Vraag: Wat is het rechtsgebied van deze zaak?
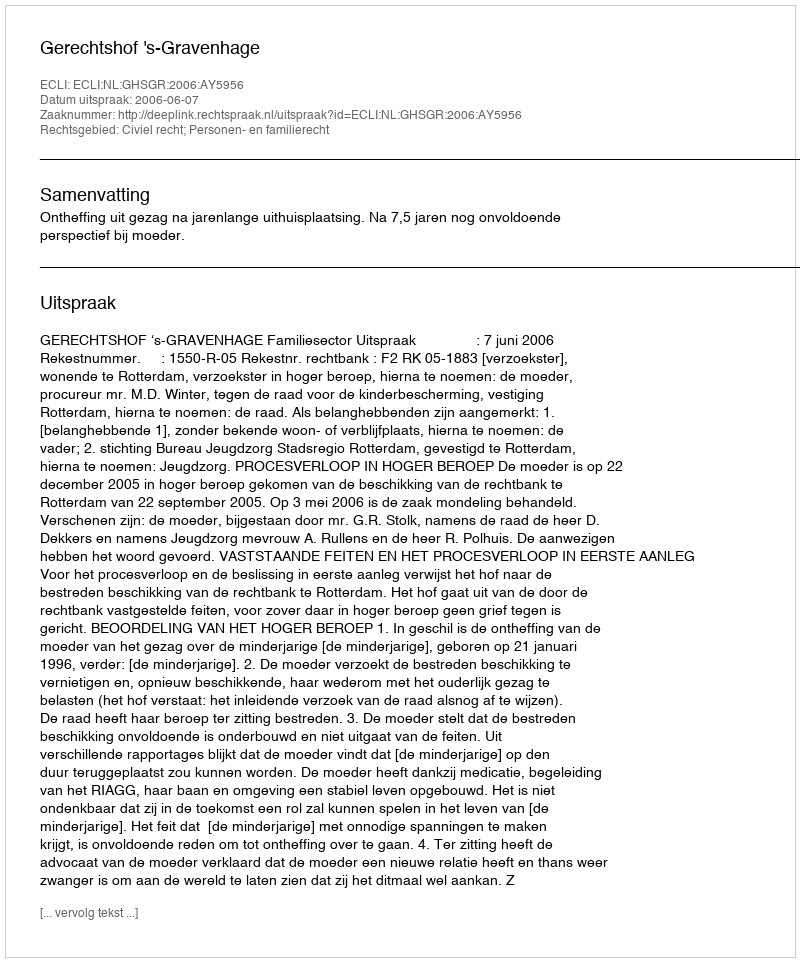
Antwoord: Civiel recht; Personen- en familierecht